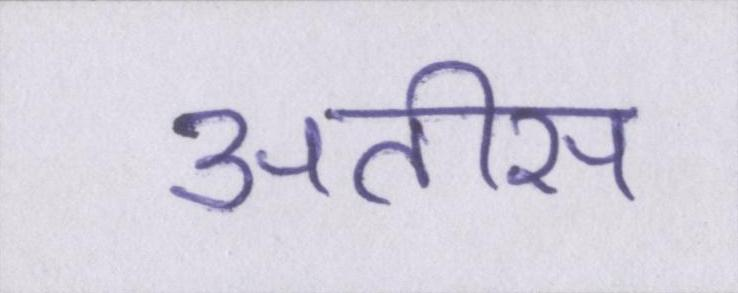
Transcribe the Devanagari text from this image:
अतीस